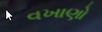
વખાણો